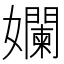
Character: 孄